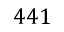
4 4 1